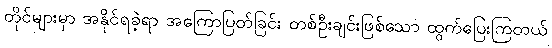
တိုင်များမှာ အနိုင်ရခဲ့ရာ အကြောပြတ်ခြင်း တစ်ဦးချင်းဖြစ်သော ထွက်ပြေးကြတယ်